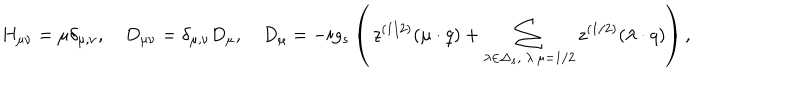
H _ { \mu \nu } = \mu \delta _ { \mu , \nu } , \quad D _ { \mu \nu } = \delta _ { \mu , \nu } D _ { \mu } , \quad D _ { \mu } = - i g _ { s } \left( \, z ^ { ( 1 / 2 ) } ( \mu \cdot q ) + \sum _ { \lambda \in \Delta _ { s } , \ \lambda \cdot \mu = 1 / 2 } z ^ { ( 1 / 2 ) } ( \lambda \cdot q ) \right) ,